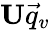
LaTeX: \mathbf{U}{\vec{q}}_{v}